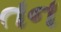
તન